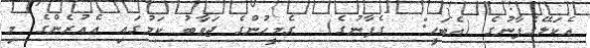
އެކަލޭގެފާނުގެ (އެބަހީ:  ގެފާނުގެ)  ގެމީހުންގެ ޖަވާބު ކަމުގައި އެއުރެންގެ މި